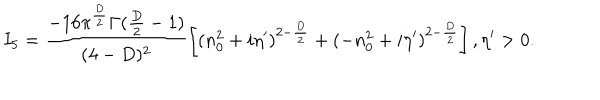
LaTeX: I _ { 5 } = \frac { - 1 6 \pi ^ { \frac { D } { 2 } } \Gamma ( \frac { D } { 2 } - 1 ) } { ( 4 - D ) ^ { 2 } } \left[ ( n _ { 0 } ^ { 2 } + i \eta ^ { \prime } ) ^ { 2 - \frac { D } { 2 } } + ( - n _ { 0 } ^ { 2 } + i \eta ^ { \prime } ) ^ { 2 - \frac { D } { 2 } } \right] , \eta ^ { \prime } > 0 .